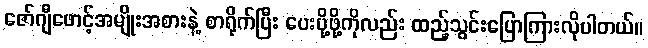
ဇော်ဂျီဖောင့်အမျိုးအစားနဲ့ စာရိုက်ပြီး ပေးပို့ဖို့ကိုလည်း ထည့်သွင်းပြောကြားလိုပါတယ်။